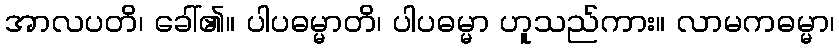
အာလပတိ၊ ခေါ်၏။ ပါပဓမ္မာတိ၊ ပါပဓမ္မာ ဟူသည်ကား။ လာမကဓမ္မာ၊